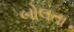
બોલતા